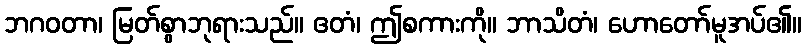
ဘဂဝတာ၊ မြတ်စွာဘုရားသည်။ ဧတံ၊ ဤစကားကို။ ဘာသိတံ၊ ဟောတော်မူအပ်၏။